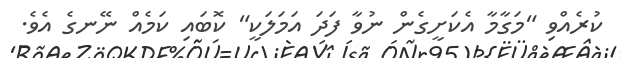
ކުރެއްވި "މަގާމާ އެކަށީގެން ނުވާ ފަދަ އަމަލަކީ" ކޮބައި ކަމެއް ނޭނގެ އެވެ.